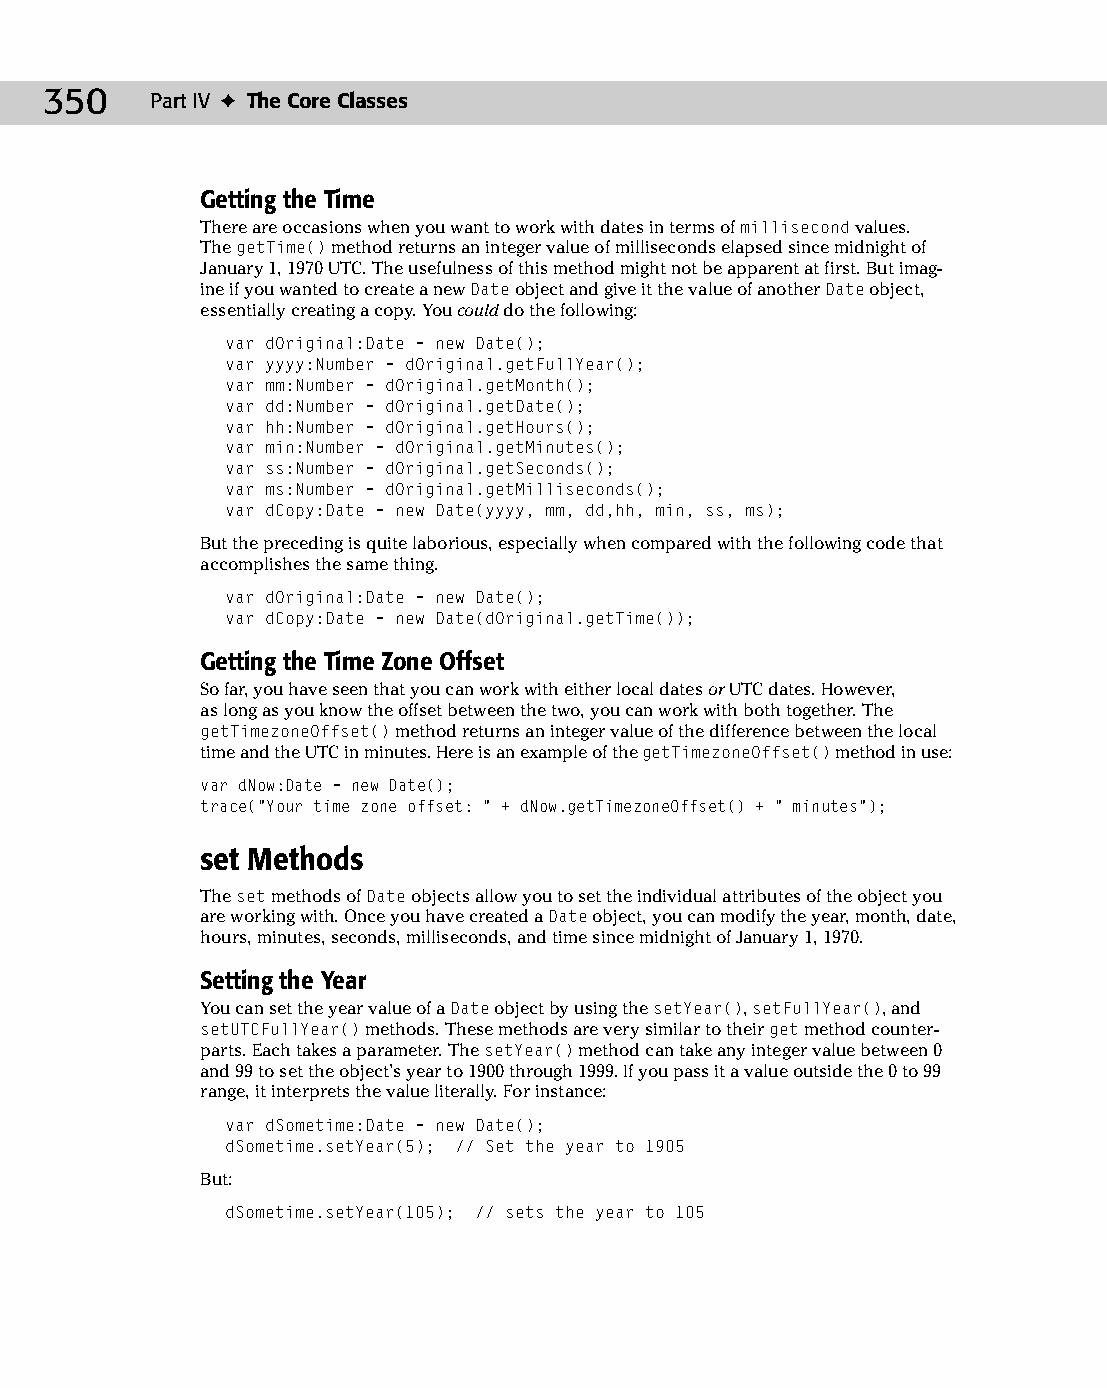
19 543547 ch14.qxd 3/24/04 4:11 PM Page 350
 350    Part IV ✦ The Core Classes
 Getting the Time
 There are occasions when you want to work with dates in terms of millisecond values.
 The getTime() method returns an integer value of milliseconds elapsed since midnight of
 January 1, 1970 UTC. The usefulness of this method might not be apparent at first. But imag­
 ine if you wanted to create a new Date object and give it the value of another Date object,
 essentially creating a copy. You could do the following:
 var dOriginal:Date = new Date();
 var yyyy:Number = dOriginal.getFullYear();
 var mm:Number = dOriginal.getMonth();
 var dd:Number = dOriginal.getDate();
 var hh:Number = dOriginal.getHours();
 var min:Number = dOriginal.getMinutes();
 var ss:Number = dOriginal.getSeconds();
 var ms:Number = dOriginal.getMilliseconds();
 var dCopy:Date = new Date(yyyy, mm, dd,hh, min, ss, ms);
 But the preceding is quite laborious, especially when compared with the following code that
 accomplishes the same thing.
 var dOriginal:Date = new Date();
 var dCopy:Date = new Date(dOriginal.getTime());
 Getting the Time Zone Offset
 So far, you have seen that you can work with either local dates or UTC dates. However,
 as long as you know the offset between the two, you can work with both together. The
 getTimezoneOffset() method returns an integer value of the difference between the local
 time and the UTC in minutes. Here is an example of the getTimezoneOffset() method in use:
 var dNow:Date = new Date();
 trace(“Your time zone offset: “ + dNow.getTimezoneOffset() + “ minutes”);
 set Methods
 The set methods of Date objects allow you to set the individual attributes of the object you
 are working with. Once you have created a Date object, you can modify the year, month, date,
 hours, minutes, seconds, milliseconds, and time since midnight of January 1, 1970.
 Setting the Year
 You can set the year value of a Date object by using the setYear(), setFullYear(), and
 setUTCFullYear() methods. These methods are very similar to their get method counter­
 parts. Each takes a parameter. The setYear() method can take any integer value between 0
 and 99 to set the object’s year to 1900 through 1999. If you pass it a value outside the 0 to 99
 range, it interprets the value literally. For instance:
 var dSometime:Date = new Date();
 dSometime.setYear(5); // Set the year to 1905
 But:
 dSometime.setYear(105); // sets the year to 105